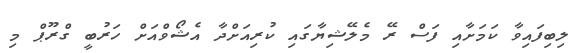
ލިބިފައިވާ ކަމަށާއި ފަސް ރޭ މެލޭޝިޔާގައި ކުރިއަށްދާ އެޝޯވްއަށް ހަރުބީ ގްރޫޕް މި